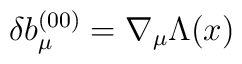
\delta b_\mu^{(00)} = \nabla_\mu \Lambda(x)